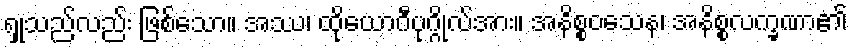
ရှုသည်လည်း ဖြစ်သော။ အဿ၊ ထိုယောဂီပုဂ္ဂိုလ်အား။ အနိစ္စဝသေန၊ အနိစ္စလက္ခဏာ၏